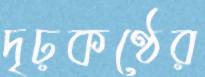
দৃঢ়কণ্ঠের